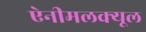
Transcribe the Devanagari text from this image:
ऐनीमलक्यूल